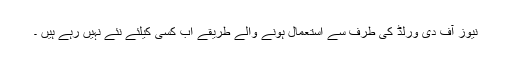
نیوز آف دی ورلڈ کی طرف سے استعمال ہونے والے طریقے اب کسی کیلئے نئے نہیں رہے ہیں ۔